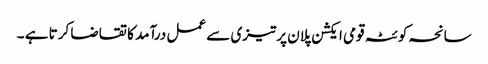
سانحہ کوئٹہ قومی ایکشن پلان پرتیزی سے عمل درآمد کا تقاضا کرتا ہے ۔